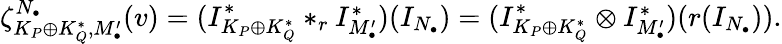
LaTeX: \begin{array}{r}{\zeta_{K_{P}\oplus K_{Q}^{*},M_{\bullet}^{\prime}}^{N_{\bullet}}(v)=(I_{K_{P}\oplus K_{Q}^{*}}^{*}*_{r}I_{M_{\bullet}^{\prime}}^{*})(I_{N_{\bullet}})=(I_{K_{P}\oplus K_{Q}^{*}}^{*}\otimes I_{M_{\bullet}^{\prime}}^{*})(r(I_{N_{\bullet}})).}\end{array}